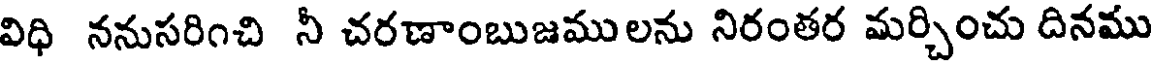
విధి ననుసరించి నీ చరణాంబుజములను నిరంతర మర్చించు దినము